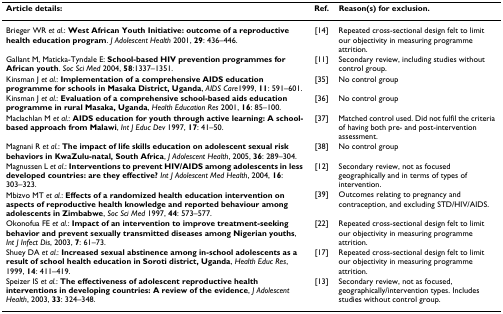
<table><thead><tr><td><b>Article details:</b></td><td><b>Ref.</b></td><td><b>Reason(s) for exclusion.</b></td></tr></thead><tbody><tr><td>Brieger WR <i>et al.</i>: <b>West African Youth Initiative: outcome of a reproductive health education program</b>. <i>J Adolescent Health </i>2001, <b>29</b>: 436–446.</td><td>[14]</td><td>Repeated cross-sectional design felt to limit our objectivity in measuring programme attrition.</td></tr><tr><td>Gallant M, Maticka-Tyndale E: <b>School-based HIV prevention programmes for African youth</b>. <i>Soc Sci Med </i>2004, <b>58</b>:1337–1351.</td><td>[11]</td><td>Secondary review, including studies without control group.</td></tr><tr><td>Kinsman J <i>et al.</i>: <b>Implementation of a comprehensive AIDS education programme for schools in Masaka District, Uganda</b>, <i>AIDS Care</i>1999, <b>11</b>: 591–601.</td><td>[35]</td><td>No control group</td></tr><tr><td>Kinsman J <i>et al.</i>: <b>Evaluation of a comprehensive school-based aids education programme in rural Masaka, Uganda</b>, <i>Health Education Res </i>2001, <b>16</b>: 85–100.</td><td>[36]</td><td>No control group</td></tr><tr><td>Maclachlan M <i>et al.</i>: <b>AIDS education for youth through active learning: A school-based approach from Malawi</b>, <i>Int J Educ Dev </i>1997, <b>17</b>: 41–50.</td><td>[37]</td><td>Matched control used. Did not fulfil the criteria of having both pre- and post-intervention assessment.</td></tr><tr><td>Magnani R <i>et al.</i>: <b>The impact of life skills education on adolescent sexual risk behaviors in KwaZulu-natal, South Africa</b>, <i>J Adolescent Health</i>, 2005, <b>36</b>: 289–304.</td><td>[38]</td><td>No control group</td></tr><tr><td>Magnussen L <i>et al</i>.: <b>Interventions to prevent HIV/AIDS among adolescents in less developed countries: are they effective? </b><i>Int J Adolescent Med Health</i>, 2004, <b>16</b>: 303–323.</td><td>[12]</td><td>Secondary review, not as focused geographically and in terms of types of intervention.</td></tr><tr><td>Mbizvo MT <i>et al.</i>: <b>Effects of a randomized health education intervention on aspects of reproductive health knowledge and reported behaviour among adolescents in Zimbabwe</b>, <i>Soc Sci Med </i>1997, <b>44</b>: 573–577.</td><td>[39]</td><td>Outcomes relating to pregnancy and contraception, and excluding STD/HIV/AIDS.</td></tr><tr><td>Okonofua FE <i>et al</i>.: <b>Impact of an intervention to improve treatment-seeking behavior and prevent sexually transmitted diseases among Nigerian youths</b>, <i>Int J Infect Dis</i>, 2003, <b>7</b>: 61–73.</td><td>[22]</td><td>Repeated cross-sectional design felt to limit our objectivity in measuring programme attrition.</td></tr><tr><td>Shuey DA <i>et al.</i>: <b>Increased sexual abstinence among in-school adolescents as a result of school health education in Soroti district, Uganda</b>, <i>Health Educ Res</i>, 1999, <b>14</b>: 411–419.</td><td>[17]</td><td>Repeated cross-sectional design felt to limit our objectivity in measuring programme attrition.</td></tr><tr><td>Speizer IS <i>et al.</i>: <b>The effectiveness of adolescent reproductive health interventions in developing countries: A review of the evidence</b>, <i>J Adolescent Health</i>, 2003, <b>33</b>: 324–348.</td><td>[13]</td><td>Secondary review, not as focused, geographically/intervention types. Includes studies without control group.</td></tr></tbody></table>